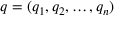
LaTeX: q = ( q _ { 1 } , q _ { 2 } , \ldots , q _ { n } )